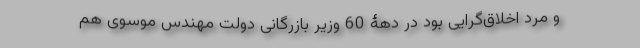
و مرد اخلاق‌گرایی بود در دهۀ 60 وزیر بازرگانی دولت مهندس موسوی هم